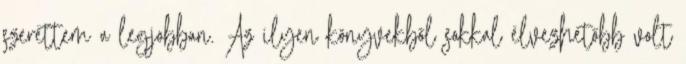
szerettem a legjobban. Az ilyen könyvekből sokkal élvezhetőbb volt